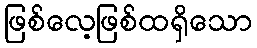
ဖြစ်လေ့ဖြစ်ထရှိသော